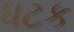
ધટક